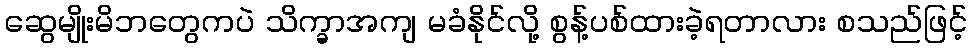
ဆွေမျိုးမိဘတွေကပဲ သိက္ခာအကျ မခံနိုင်လို့ စွန့်ပစ်ထားခဲ့ရတာလား စသည်ဖြင့်